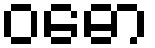
ဝဓော